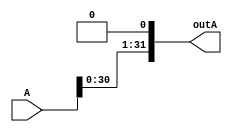
module SLL1bit(outA,A);
    input[31:0] A;
    output[31:0] outA;

    genvar c;
    generate 
        assign outA[0] = 1'b0;
        for (c=1; c < 32; c=c+1) begin: loop1
            assign outA[c] = A[c-1];
        end 
    endgenerate
endmodule